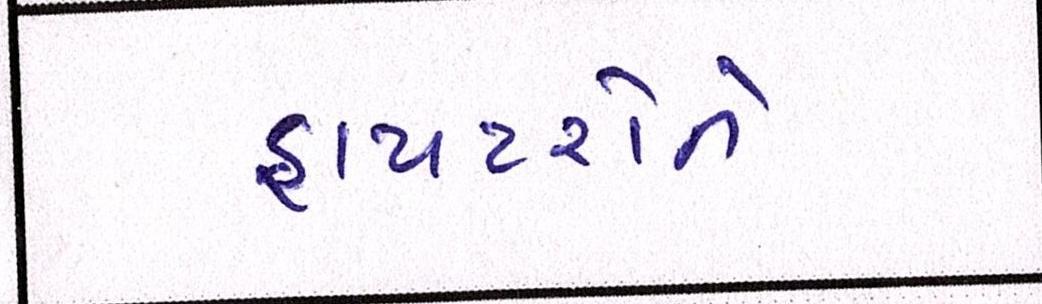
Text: ફાયટરોને